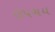
ઉપચય